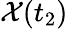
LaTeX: \mathcal{X}(t_{2})